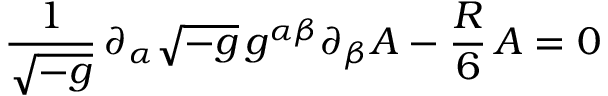
\frac { 1 } { \sqrt { - g } } \, \partial _ { \alpha } \sqrt { - g } \, g ^ { \alpha \beta } \partial _ { \beta } A - \frac { R } { 6 } \, A = 0